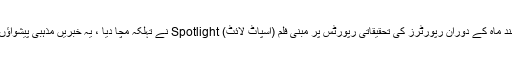
فالو اپ پرنٹ میڈیا اور آن لائن پر آنا چاہیے، بوسٹن میں گذشتہ چند ماہ کے دوران رپورٹرز کی تحقیقاتی رپورٹس پر مبنی فلم (اسپاٹ لائٹ) Spotlight نے تہلکہ مچا دیا ، یہ خبریں مذہبی پیشواؤں کے بچوں کے ساتھ زیادتی کے اندوہناک واقعات پر مبنی تھیں ۔